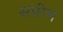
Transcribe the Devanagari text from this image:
सप्रीम